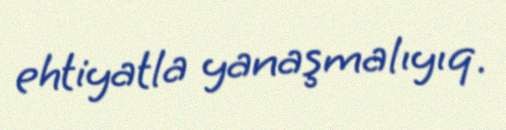
ehtiyatla yanaşmalıyıq.